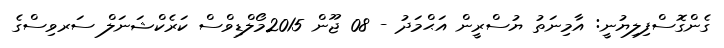
ގެންގޮސްފިލިޔުނީ: އާމިނަތު ޔުސްރީން އަޙްމަދު - 08 ޖޫން 2015މޯލްޑިވްސް ކަރެކްޝަނަލް ސަރވިސްގެ